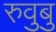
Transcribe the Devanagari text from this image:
रुवुबु